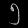
Digit: ၅